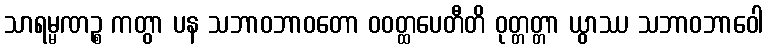
သာရမ္မဏဉ္စ ကတွာ ပန သဘာဝဘာဝတော ဝဝတ္ထပေတီတိ ဝုတ္တတ္တာ ယွာဿ သဘာဝဘာဝေါ